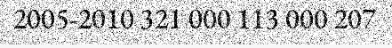
2005-2010 321 000 113 000 207